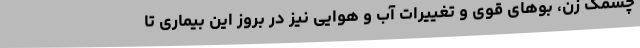
چشمک زن، بوهای قوی و تغییرات آب و هوایی نیز در بروز این بیماری تا